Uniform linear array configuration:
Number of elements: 16
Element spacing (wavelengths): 0.25
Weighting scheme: exponential
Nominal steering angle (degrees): -60
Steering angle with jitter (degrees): -61.139
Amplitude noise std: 0.05
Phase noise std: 0.05

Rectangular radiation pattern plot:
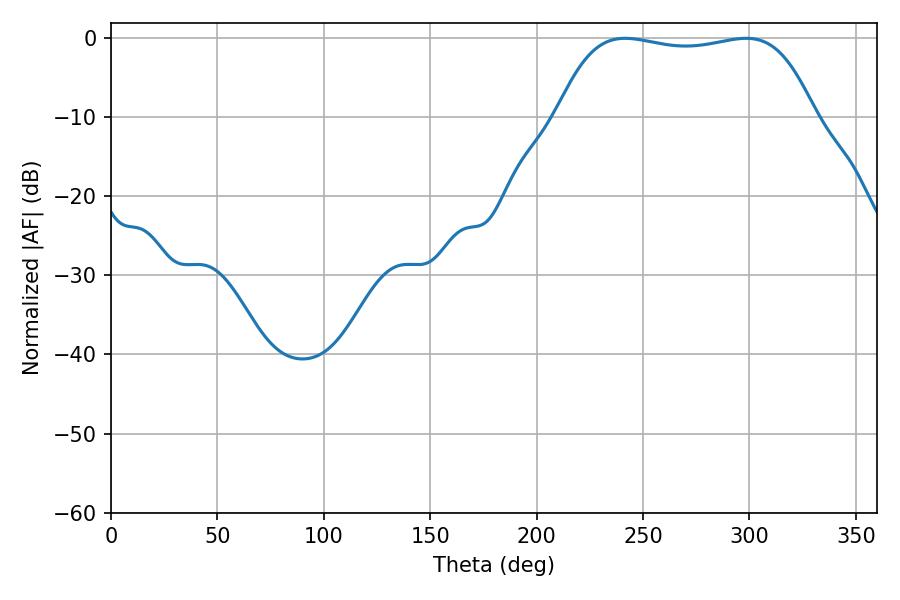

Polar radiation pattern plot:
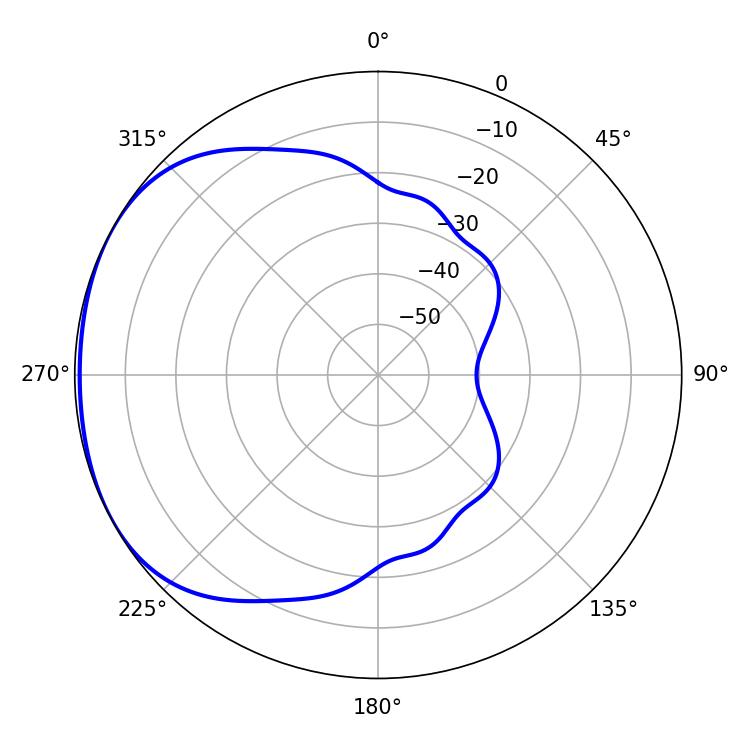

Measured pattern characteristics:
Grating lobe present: FALSE
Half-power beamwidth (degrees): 96.12
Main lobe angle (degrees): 298.44